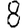
Digit: 8